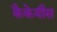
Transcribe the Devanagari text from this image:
कैकेयीस